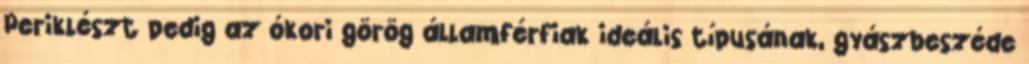
Periklészt pedig az ókori görög államférfiak ideális típusának, gyászbeszéde